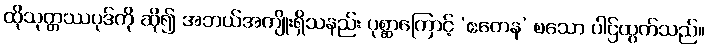
ထိုသုတ္တဿပုဒ်ကို ဆို၍ အဘယ်အကျိုးရှိသနည်း ပုစ္ဆာကြောင့် ‘ဧတေန’ စသော ပါဌ်ထွက်သည်။